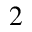
^ 2